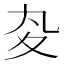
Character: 𡕞